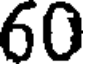
60